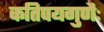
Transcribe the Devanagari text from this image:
कतिपयगुणैः